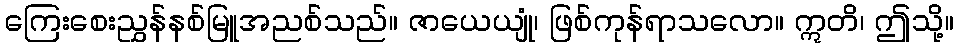
ကြေးစေးညွှန်နစ်မြူအညစ်သည်။ ဇာယေယျုံ၊ ဖြစ်ကုန်ရာသလော။ ဣတိ၊ ဤသို့။